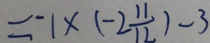
= - 1 \times ( - 2 \frac { 1 1 } { 1 2 } ) - 3